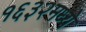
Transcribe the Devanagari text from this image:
१६३२मध्ये